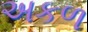
અકળ